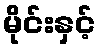
မိုင်းနှင့်